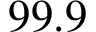
9 9 . 9